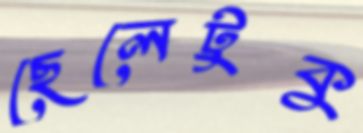
ছেলেটুকু